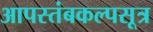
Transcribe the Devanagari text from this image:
आपस्तंबकल्पसूत्र